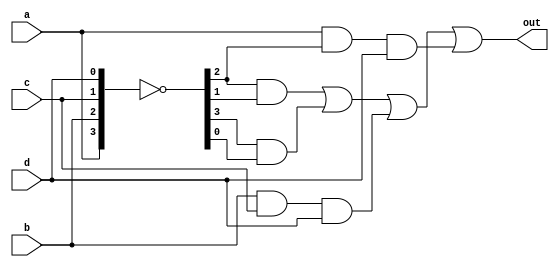
// SPDX-License-Identifier: MIT

module top_module(
    input a,
    input b,
    input c,
    input d,
    output out  ); 
    wire na, nb, nc, nd;
    assign {na, nb, nc, nd} = ~{a, b, c, d};
    assign out = (nb & nc) | (na & nd) | (b & c & d) | (a & nb & d);
endmodule